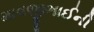
માવજીભાઈની